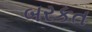
બરકત